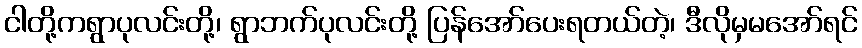
ငါတို့ကရွာပုလင်းတို့၊ ရွာဘက်ပုလင်းတို့ ပြန်အော်ပေးရတယ်တဲ့၊ ဒီလိုမှမအော်ရင်